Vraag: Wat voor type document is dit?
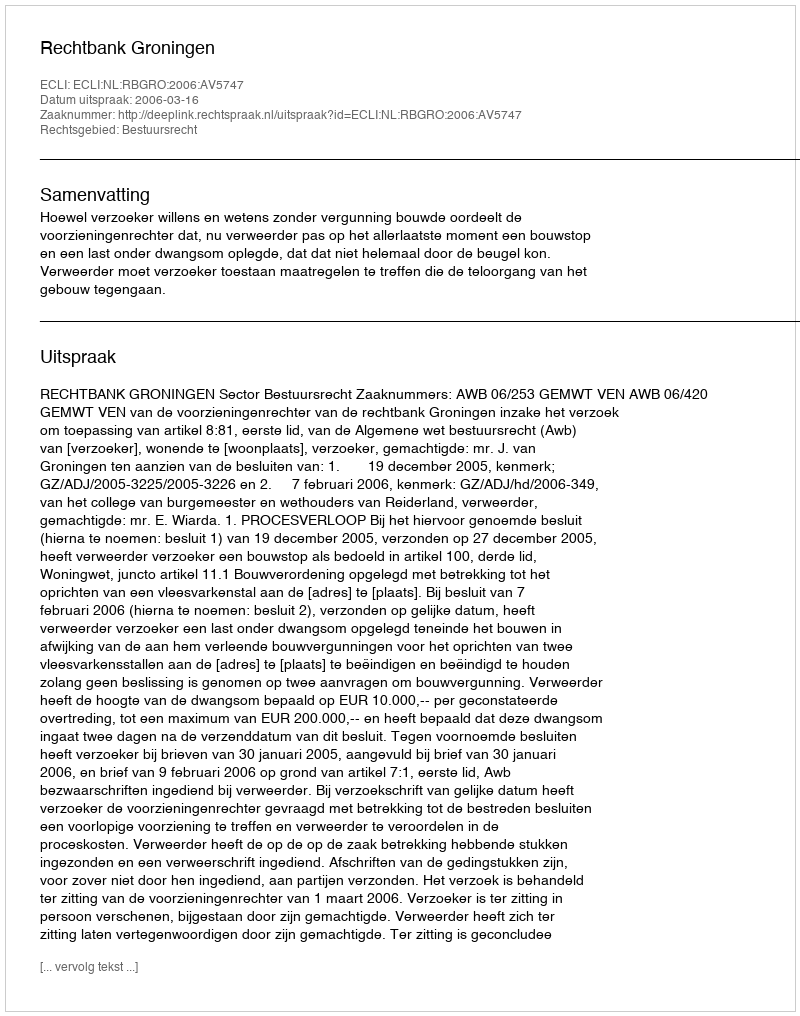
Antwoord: Uitspraak